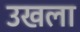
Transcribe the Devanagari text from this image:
उखला